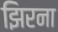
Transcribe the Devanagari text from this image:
झिरना